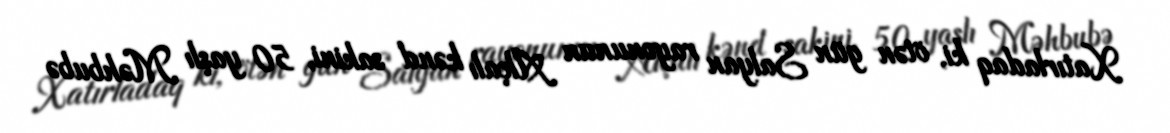
Xatırladaq ki, ötən gün Salyan rayonunun Alçalı kənd sakini, 50 yaşlı Məhbubə